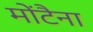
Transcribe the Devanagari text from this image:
मोंटैना